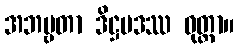
အဘဗ္ဗတာ ဒိဋ္ဌပဒဿ ဝုတ္တာ။